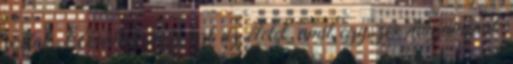
voltak. Akartam még azt az életet, amit egyszer magaménak